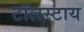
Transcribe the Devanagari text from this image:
टॉलस्टाय